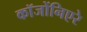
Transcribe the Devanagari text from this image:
कॉजोंनिएरे